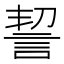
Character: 䛚